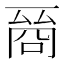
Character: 𠸲